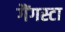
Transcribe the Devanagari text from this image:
गैंगस्टा